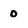
Character: 0